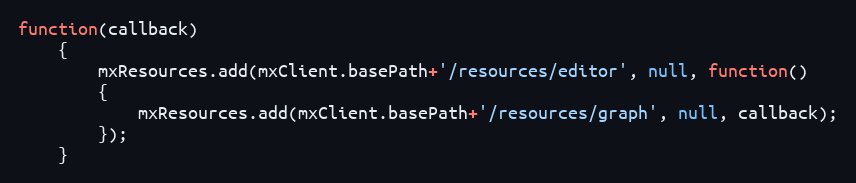
Language: JavaScript
function(callback)
	{
		mxResources.add(mxClient.basePath+'/resources/editor', null, function()
		{
			mxResources.add(mxClient.basePath+'/resources/graph', null, callback);
		});
	}